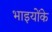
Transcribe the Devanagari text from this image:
भाइयोंके